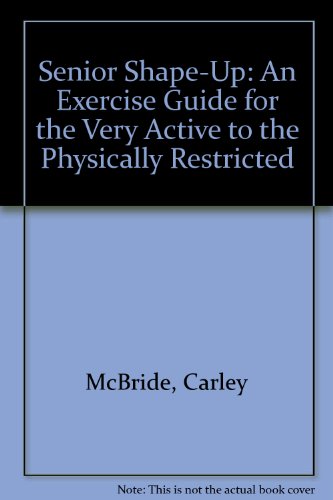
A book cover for Senior Shape-Up: An Exercise Guide for the Very Active to the Physically Restricted; Carley McBride; Health, Fitness & Dieting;